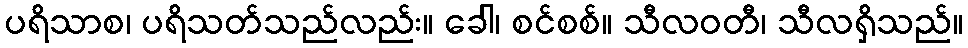
ပရိသာစ၊ ပရိသတ်သည်လည်း။ ခေါ၊ စင်စစ်။ သီလဝတီ၊ သီလရှိသည်။